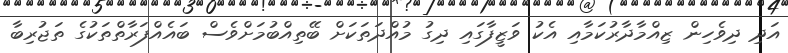
އަދި ދިވެހިން ޒިއްމާދާރުކަމާއި އެކު ވަޒީފާގައި ދިގު މުއްދަަތަކަށް ބޭތިއްބުމަށްވެސް ބައެއްފަރާތްތަކުގެ ތަޖުރިބާ